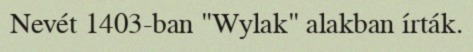
Nevét 1403-ban "Wylak" alakban írták.